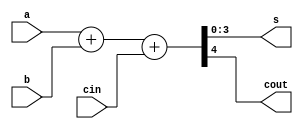
module full_adder_4bits_st(s,cout,a,b,cin);
input [3:0] a,b;
input cin;
output [3:0] s;
output cout;

assign {cout,s} = a+b+cin;

endmodule